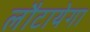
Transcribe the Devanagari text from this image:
लौटायेगा